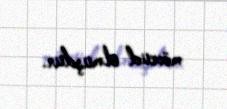
mövcud olmuşdur.